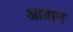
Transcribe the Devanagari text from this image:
आब्राम